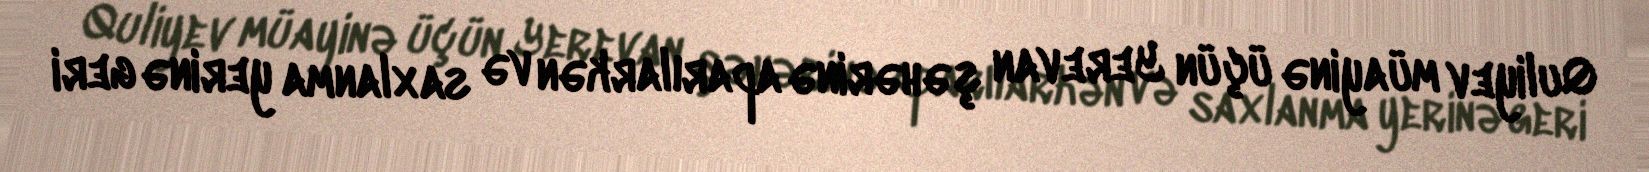
Quliyev müayinə üçün Yerevan şəhərinə aparılarkən və saxlanma yerinə geri